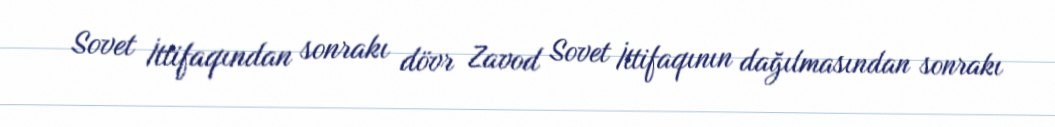
Sovet İttifaqından sonrakı dövr Zavod Sovet İttifaqının dağılmasından sonrakı